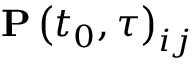
\mathbf { P } \left( t _ { 0 } , \tau \right) _ { i j }